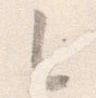
之